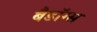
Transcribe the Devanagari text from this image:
बैडॉग्स